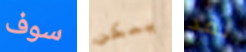
سوف يمكن لقد